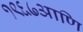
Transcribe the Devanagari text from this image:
१९६७आणि